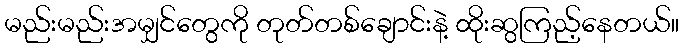
မည်းမည်းအမျှင်တွေကို တုတ်တစ်ချောင်းနဲ့ ထိုးဆွကြည့်နေတယ်။